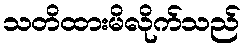
သတိထားမိလိုက်သည်